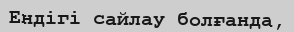
Ендігі сайлау болғанда,